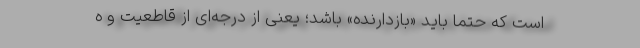
است که حتماً باید «بازدارنده» باشد؛ یعنی از درجه‌ای از قاطعیت و ه